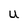
Character: U